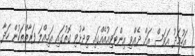
އަހުމަދު އަވަސް އަށް ދެއްވި އިންޓަވިއުއެއްގައި ވިދާޅުވި ގޮތުގައި އަމިއްލަ ފަރާތްތަކުން ހަދާ